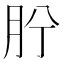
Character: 𦙝